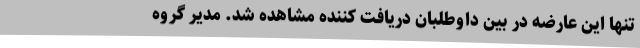
تنها این عارضه در بین داوطلبان دریافت کننده مشاهده شد. مدیر گروه